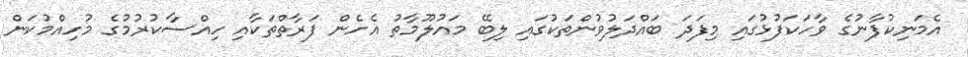
އެމަނިކުފާނުގެ ވާހަކަފުޅުގައި މިފަދަ ބައްދަލުވުންތަކުގައި ލިބޭ މައުލޫމާތު އެހެން ފަރާތްތަކާއި ހިއްސާކުރުމުގެ މުހިއްމުކަން